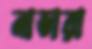
নাভারা